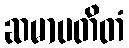
ဆမာပတိတံ